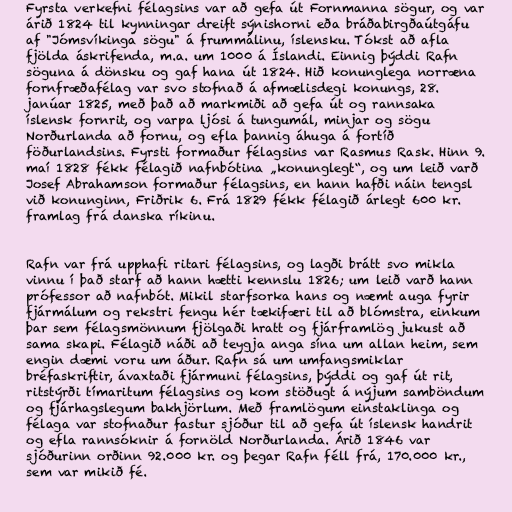
Fyrsta verkefni félagsins var að gefa út Fornmanna sögur, og var
árið 1824 til kynningar dreift sýnishorni eða bráðabirgðaútgáfu
af "Jómsvíkinga sögu" á frummálinu, íslensku. Tókst að afla
fjölda áskrifenda, m.a. um 1000 á Íslandi. Einnig þýddi Rafn
söguna á dönsku og gaf hana út 1824. Hið konunglega norræna
fornfræðafélag var svo stofnað á afmælisdegi konungs, 28.
janúar 1825, með það að markmiði að gefa út og rannsaka
íslensk fornrit, og varpa ljósi á tungumál, minjar og sögu
Norðurlanda að fornu, og efla þannig áhuga á fortíð
föðurlandsins. Fyrsti formaður félagsins var Rasmus Rask. Hinn 9.
maí 1828 fékk félagið nafnbótina „konunglegt“, og um leið varð
Josef Abrahamson formaður félagsins, en hann hafði náin tengsl
við konunginn, Friðrik 6. Frá 1829 fékk félagið árlegt 600 kr.
framlag frá danska ríkinu.

Rafn var frá upphafi ritari félagsins, og lagði brátt svo mikla
vinnu í það starf að hann hætti kennslu 1826; um leið varð hann
prófessor að nafnbót. Mikil starfsorka hans og næmt auga fyrir
fjármálum og rekstri fengu hér tækifæri til að blómstra, einkum
þar sem félagsmönnum fjölgaði hratt og fjárframlög jukust að
sama skapi. Félagið náði að teygja anga sína um allan heim, sem
engin dæmi voru um áður. Rafn sá um umfangsmiklar
bréfaskriftir, ávaxtaði fjármuni félagsins, þýddi og gaf út rit,
ritstýrði tímaritum félagsins og kom stöðugt á nýjum samböndum
og fjárhagslegum bakhjörlum. Með framlögum einstaklinga og
félaga var stofnaður fastur sjóður til að gefa út íslensk handrit
og efla rannsóknir á fornöld Norðurlanda. Árið 1846 var
sjóðurinn orðinn 92.000 kr. og þegar Rafn féll frá, 170.000 kr.,
sem var mikið fé.